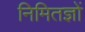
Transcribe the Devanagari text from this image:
निमितज्ञों